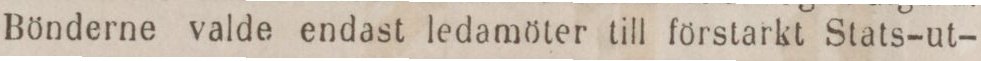
Bönderne valde endast ledamöter till förstarkt Stats-ut-